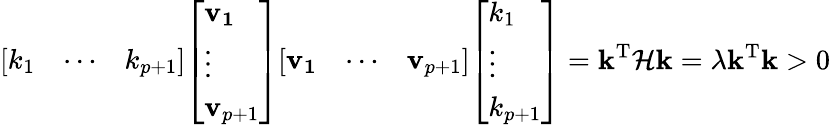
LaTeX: {\left[\begin{array}{lll}{k_{1}}&{\cdots}&{k_{p+1}}\end{array}\right]}{\left[\begin{array}{l}{\mathbf{v_{1}}}\\ {\vdots}\\ {\mathbf{v}_{p+1}}\end{array}\right]}{\left[\begin{array}{lll}{\mathbf{v_{1}}}&{\cdots}&{\mathbf{v}_{p+1}}\end{array}\right]}{\left[\begin{array}{l}{k_{1}}\\ {\vdots}\\ {k_{p+1}}\end{array}\right]}=\mathbf{k}^{\operatorname{T}}{\mathcal{H}}\mathbf{k}=\lambda\mathbf{k}^{\operatorname{T}}\mathbf{k}>0